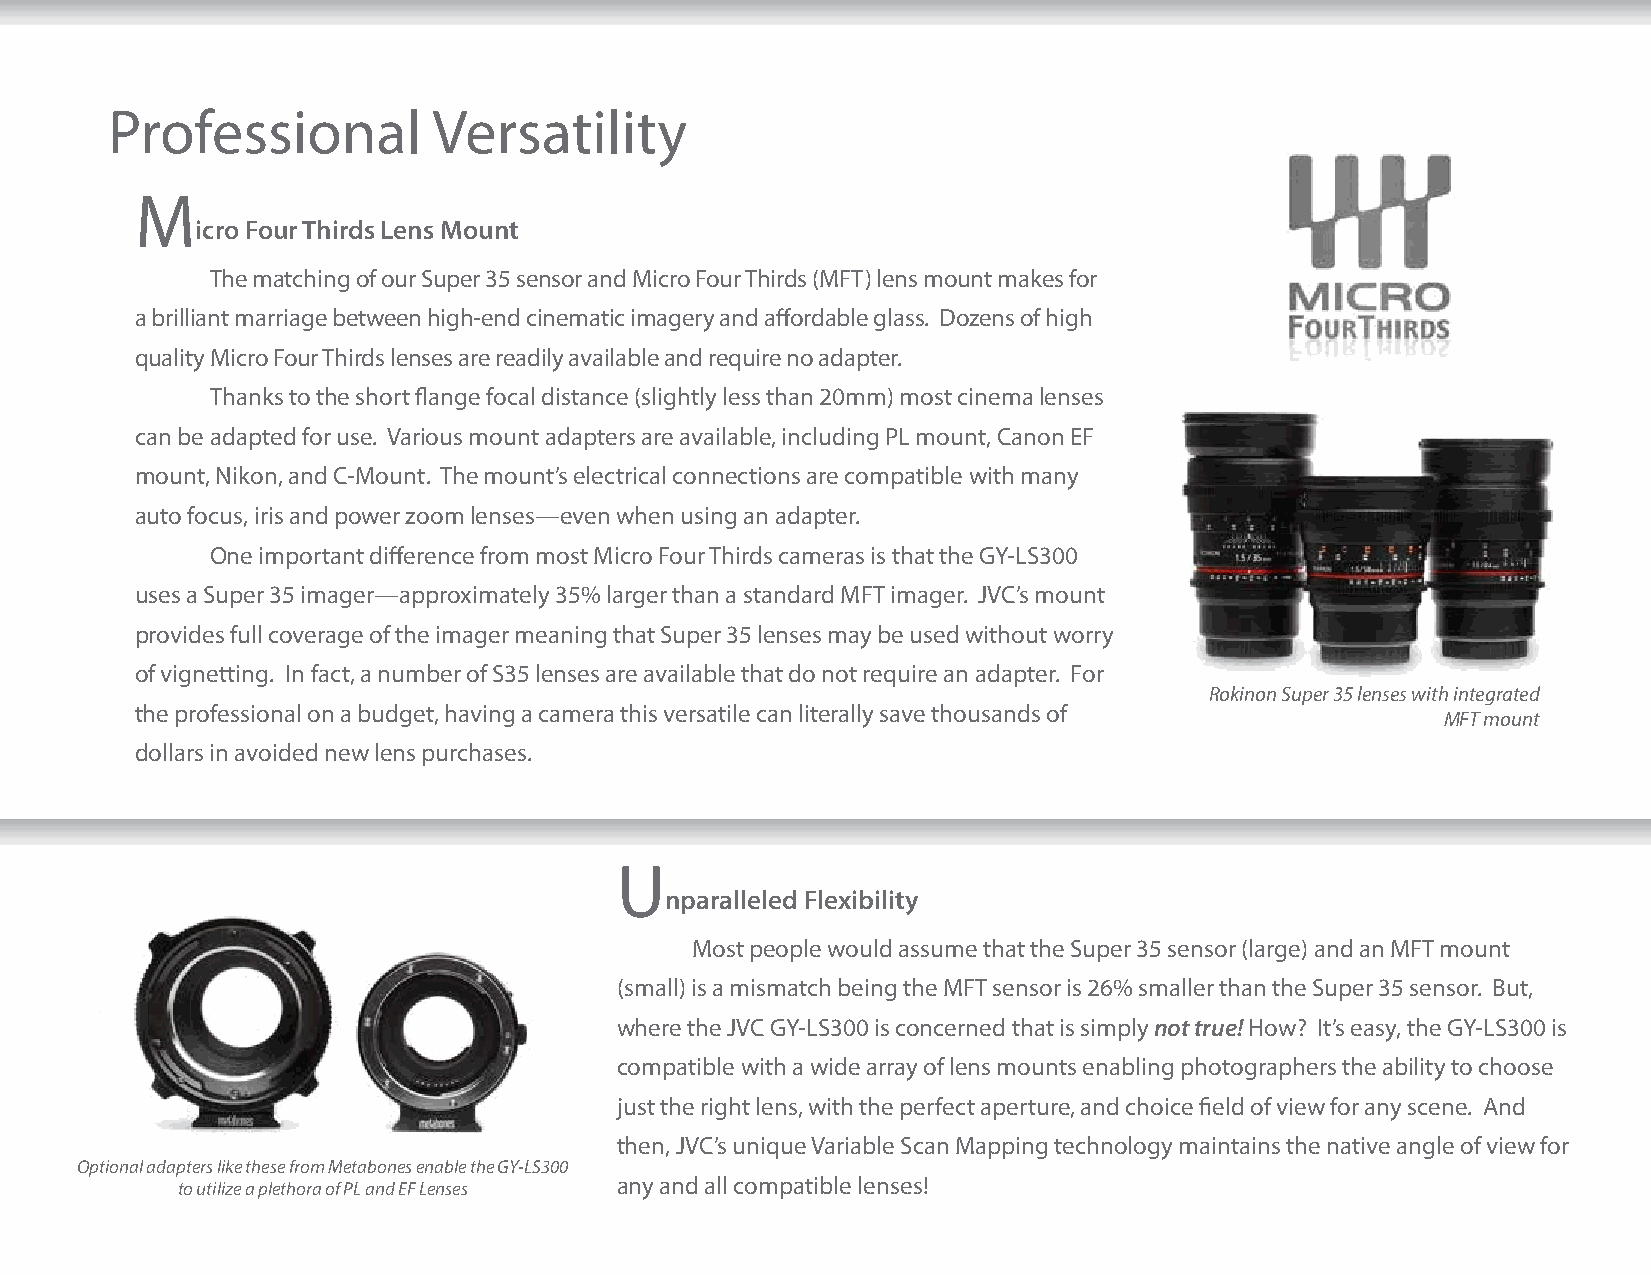
Professional          Versatility
 M
 icro Four Thirds Lens Mount
 The matching of our Super 35 sensor and Micro Four Thirds (MFT) lens mount makes for
 a brilliant marriage between high-end cinematic imagery and affordable glass. Dozens of high
 quality Micro Four Thirds lenses are readily available and require no adapter.
 Thanks to the short flange focal distance (slightly less than 20mm) most cinema lenses
 can be adapted for use. Various mount adapters are available, including PL mount, Canon EF
 mount, Nikon, and C-Mount. The mount’s electrical connections are compatible with many
 auto focus, iris and power zoom lenses—even when using an adapter.
 One important difference from most Micro Four Thirds cameras is that the GY-LS300
 uses a Super 35 imager—approximately 35% larger than a standard MFT imager. JVC’s mount
 provides full coverage of the imager meaning that Super 35 lenses may be used without worry
 of vignetting. In fact, a number of S35 lenses are available that do not require an adapter. For
 Rokinon Super 35 lenses with integrated
 the professional on a budget, having a camera this versatile can literally save thousands of
 MFT mount
 dollars in avoided new lens purchases.
 U
 nparalleled Flexibility
 Most people would assume that the Super 35 sensor (large) and an MFT mount
 (small) is a mismatch being the MFT sensor is 26% smaller than the Super 35 sensor. But,
 where the JVC GY-LS300 is concerned that is simply not true! How? It’s easy, the GY-LS300 is
 compatible with a wide array of lens mounts enabling photographers the ability to choose
 just the right lens, with the perfect aperture, and choice field of view for any scene. And
 then, JVC’s unique Variable Scan Mapping technology maintains the native angle of view for
 Optional adapters like these from Metabones enable the GY-LS300
 to utilize a plethora of PL and EF Lenses any and all compatible lenses!